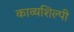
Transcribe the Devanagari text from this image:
काव्यशिल्पी